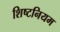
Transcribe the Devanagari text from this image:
शिष्टनियम